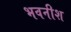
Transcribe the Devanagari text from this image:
भवनीश